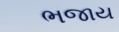
ભજાય